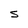
Character: S